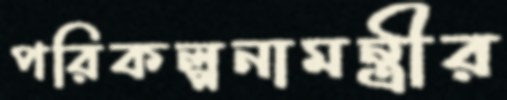
পরিকল্পনামন্ত্রীর